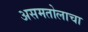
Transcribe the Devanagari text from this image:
असमतोलाचा